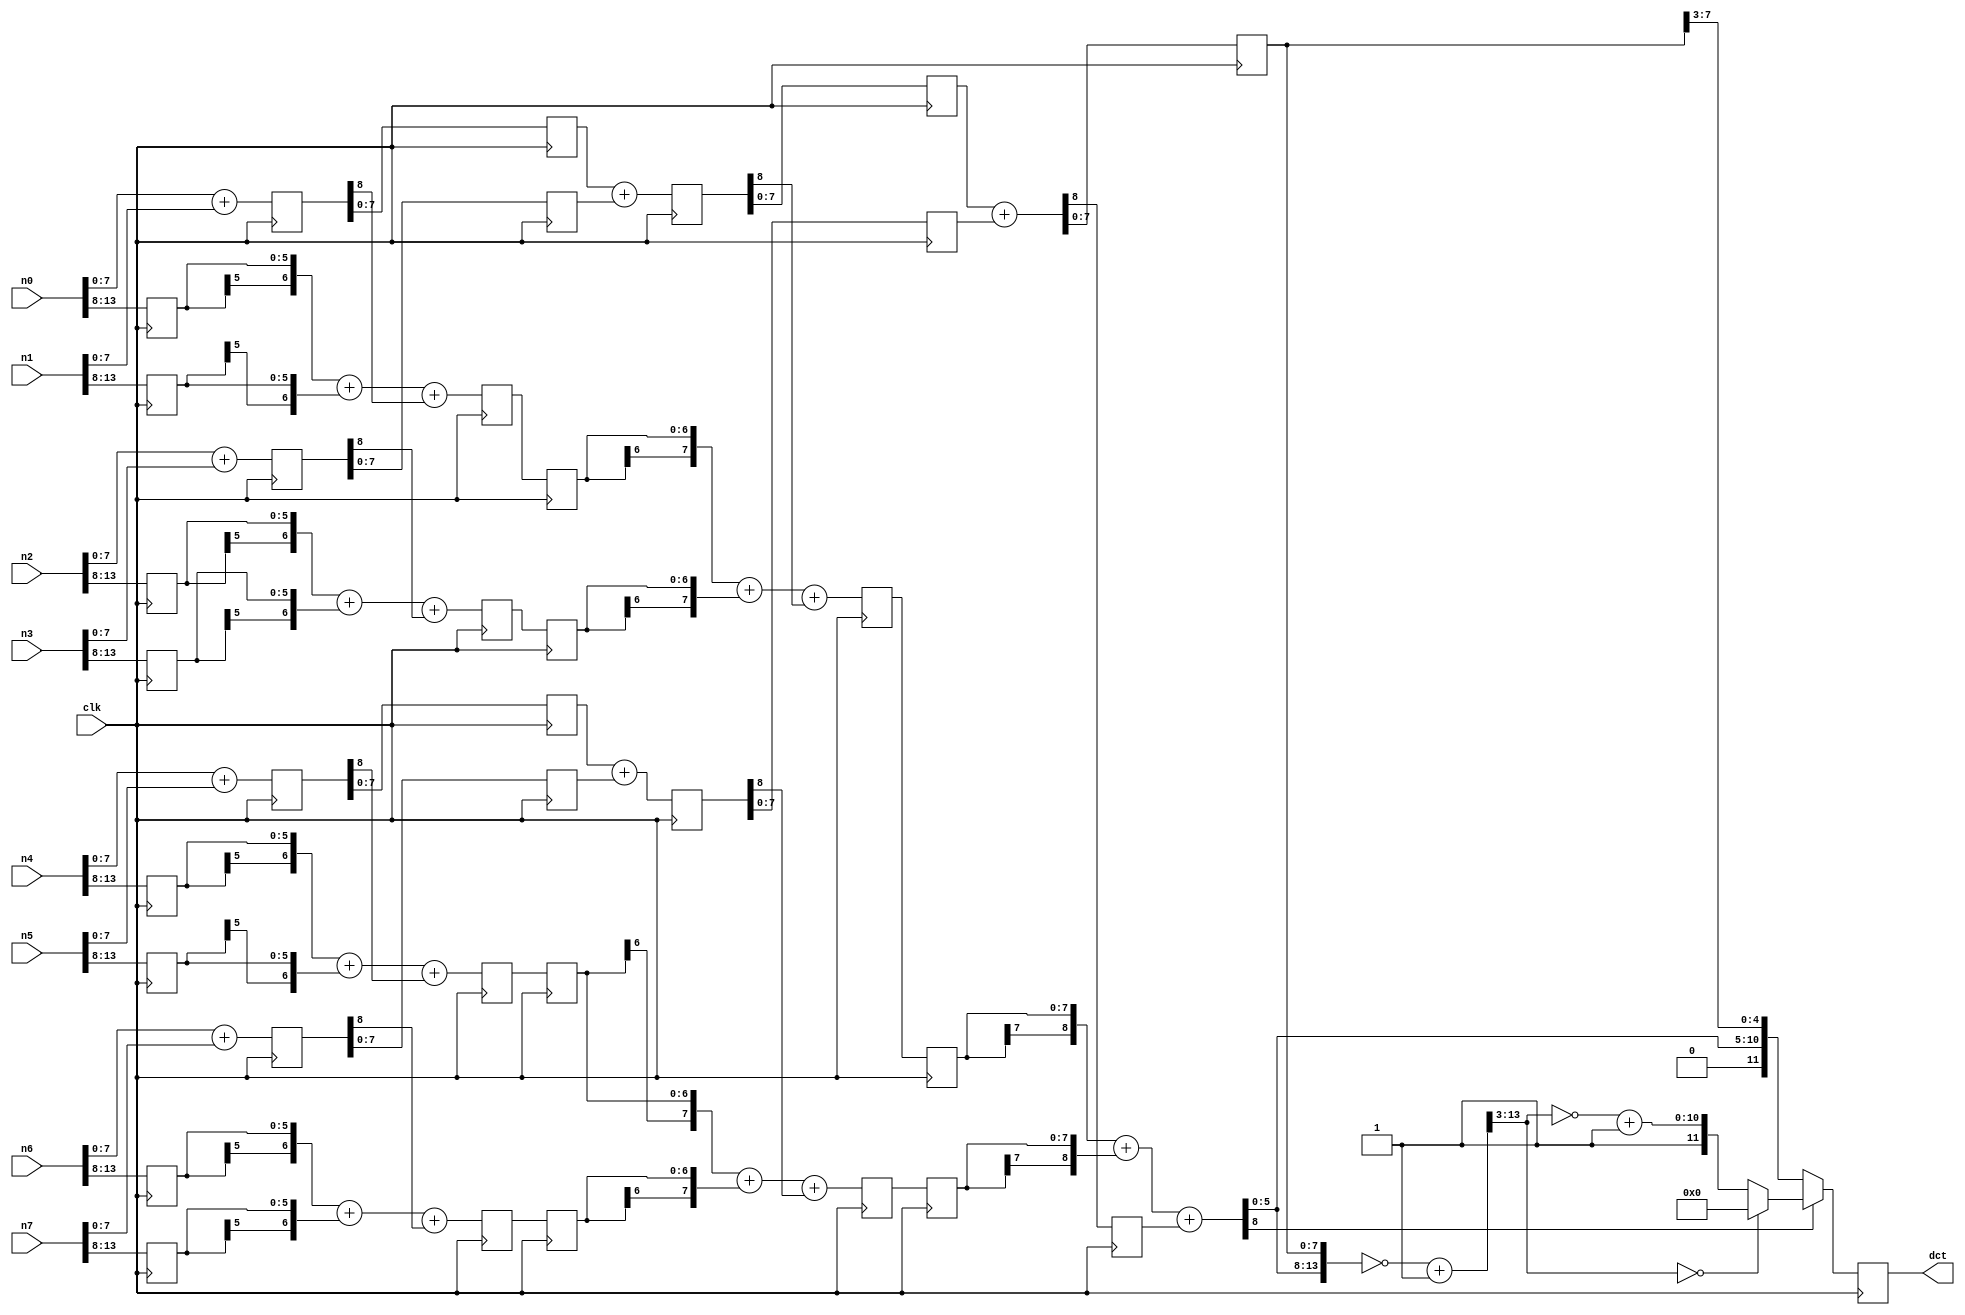
module adder14sr( 	clk,
					n0, n1, n2, n3, n4, n5, n6, n7,
					dct
					);
					
input 		    	clk ;
input 	[13:0] 	n0, n1, n2, n3, n4, n5, n6, n7;
output 	[11:0] 	dct ;

wire 	  [8:0] 	s00_lsb ;
wire 	  [8:0] 	s01_lsb ;
wire 	  [8:0] 	s02_lsb ;
wire 	  [8:0] 	s03_lsb ;

wire 	  [6:0] 	s00_msb ;
wire 	  [6:0] 	s01_msb ;
wire 	  [6:0] 	s02_msb ;
wire 	  [6:0] 	s03_msb ;
	
wire 	  [8:0] 	s10_lsb ;
wire    [8:0] 	s11_lsb ;

wire 	  [7:0] 	s10_msb ;
wire 	  [7:0] 	s11_msb ;

wire 	  [8:0]	  s20_lsb ;

wire 	  [16:0] 	sums ;
wire 	  [13:0] 	sums_next ;
wire 	  [10:0] 	sums_nextn ;


reg 	  [13:8] 	n0_reg1 ;
reg 	  [13:8] 	n1_reg1 ;
reg 	  [13:8] 	n2_reg1 ;
reg 	  [13:8] 	n3_reg1 ;
reg 	  [13:8] 	n4_reg1 ;
reg 	  [13:8] 	n5_reg1 ;
reg 	  [13:8] 	n6_reg1 ;
reg 	  [13:8] 	n7_reg1 ;

reg 	  [8:0] 	s00_lsbreg1 ;
reg 	  [8:0] 	s01_lsbreg1 ;
reg 	  [8:0] 	s02_lsbreg1 ;
reg 	  [8:0] 	s03_lsbreg1 ;

reg 	  [6:0] 	s00_msbreg2 ;
reg 	  [6:0] 	s01_msbreg2 ;
reg   	[6:0] 	s02_msbreg2 ;
reg 	  [6:0] 	s03_msbreg2 ;

reg 	  [7:0] 	s00_lsbreg2 ;
reg     [7:0] 	s01_lsbreg2 ;
reg   	[7:0] 	s02_lsbreg2 ;
reg 	  [7:0] 	s03_lsbreg2 ;

reg 	  [8:0] 	s10_lsbreg3 ;
reg 	  [8:0] 	s11_lsbreg3 ;

reg 	  [6:0] 	s00_msbreg3 ;
reg 	  [6:0] 	s01_msbreg3 ;
reg 	  [6:0] 	s02_msbreg3 ;
reg 	  [6:0] 	s03_msbreg3 ;

reg 	  [7:0] 	s10_lsbreg4 ;
reg   	[7:0] 	s11_lsbreg4 ;

reg 	  [7:0] 	s10_msbreg4 ;
reg 	  [7:0] 	s11_msbreg4 ;

reg 	  [7:0] 	s10_msbreg5 ;
reg 	  [7:0] 	s11_msbreg5 ;

reg 			      s20_lsbreg5cy ;
reg 	  [7:0] 	s20_lsbreg5 ;

reg 	  [11:0] 	dct;

assign s00_lsb[8:0] = n0[7:0] + n1[7:0] ;
assign s01_lsb[8:0] = n2[7:0] + n3[7:0] ;
assign s02_lsb[8:0] = n4[7:0] + n5[7:0] ;
assign s03_lsb[8:0] = n6[7:0] + n7[7:0] ;

always @ (posedge clk)

begin
	
	n0_reg1[13:8] 	<= n0[13:8] ;
	n1_reg1[13:8]	  <= n1[13:8] ;
	n2_reg1[13:8] 	<= n2[13:8] ;
	n3_reg1[13:8] 	<= n3[13:8] ;
	n4_reg1[13:8] 	<= n4[13:8] ;
	n5_reg1[13:8] 	<= n5[13:8] ;
	n6_reg1[13:8] 	<= n6[13:8] ;
	n7_reg1[13:8]	  <= n7[13:8] ;
	
	s00_lsbreg1[8:0] <= s00_lsb[8:0] ;
	s01_lsbreg1[8:0] <= s01_lsb[8:0] ;
	s02_lsbreg1[8:0] <= s02_lsb[8:0] ;
	s03_lsbreg1[8:0] <= s03_lsb[8:0] ;
	
end

assign s00_msb[6:0] = {n0_reg1[13], n0_reg1[13:8]} + {n1_reg1[13],
					  n1_reg1[13:8]} + s00_lsbreg1[8] ;
assign s01_msb[6:0] = {n2_reg1[13], n2_reg1[13:8]} + {n3_reg1[13],
					  n3_reg1[13:8]} + s01_lsbreg1[8] ;
assign s02_msb[6:0] = {n4_reg1[13], n4_reg1[13:8]} + {n5_reg1[13],
					  n5_reg1[13:8]} + s02_lsbreg1[8] ;
assign s03_msb[6:0] = {n6_reg1[13], n6_reg1[13:8]} + {n7_reg1[13],
					  n7_reg1[13:8]} + s03_lsbreg1[8] ;

always @ (posedge clk)

begin

	s00_msbreg2[6:0] <= s00_msb[6:0] ;
	s01_msbreg2[6:0] <= s01_msb[6:0] ;	
	s02_msbreg2[6:0] <= s02_msb[6:0] ;	
	s03_msbreg2[6:0] <= s03_msb[6:0] ;	

	s00_lsbreg2[7:0] <= s00_lsbreg1[7:0] ;
	s01_lsbreg2[7:0] <= s01_lsbreg1[7:0] ;
	s02_lsbreg2[7:0] <= s02_lsbreg1[7:0] ;
	s03_lsbreg2[7:0] <= s03_lsbreg1[7:0] ;

end

assign s10_lsb[8:0] = s00_lsbreg2[7:0] + s01_lsbreg2[7:0] ;
assign s11_lsb[8:0] = s02_lsbreg2[7:0] + s03_lsbreg2[7:0] ;

always @ (posedge clk)

begin

	s10_lsbreg3[8:0] <= s10_lsb[8:0] ;
	s11_lsbreg3[8:0] <= s11_lsb[8:0] ;
	
	s00_msbreg3[6:0] <= s00_msbreg2[6:0] ;
	s01_msbreg3[6:0] <= s01_msbreg2[6:0] ;	
	s02_msbreg3[6:0] <= s02_msbreg2[6:0] ;
	s03_msbreg3[6:0] <= s03_msbreg2[6:0] ;
	
end

assign s10_msb[7:0] = {s00_msbreg3[6], s00_msbreg3[6:0]} + 
	   {s01_msbreg3[6], s01_msbreg3[6:0]} + s10_lsbreg3[8] ;
assign s11_msb[7:0] = {s02_msbreg3[6], s02_msbreg3[6:0]} + 
	   {s03_msbreg3[6], s03_msbreg3[6:0]} + s11_lsbreg3[8] ;
	   
always @ (posedge clk)

begin

	s10_lsbreg4[7:0] <= s10_lsbreg3[7:0] ;
	s11_lsbreg4[7:0] <= s11_lsbreg3[7:0] ;
	
	s10_msbreg4[7:0] <= s10_msb[7:0] ;
	s11_msbreg4[7:0] <= s11_msb[7:0] ;
	
end

assign s20_lsb[8:0] = s10_lsbreg4[7:0]+s11_lsbreg4[7:0] ;

always @ (posedge clk)

begin
	
	s10_msbreg5		[7:0] 	<= s10_msbreg4	[7:0] ;
	s11_msbreg5		[7:0] 	<= s11_msbreg4	[7:0] ;
	s20_lsbreg5cy 			  <= s20_lsb		  [8];
	s20_lsbreg5		[7:0] 	<= s20_lsb		  [7:0] ;
	
end

assign sums[16:0] = {({s10_msbreg5[7], s10_msbreg5[7:0]}+
					{s11_msbreg5[7], s11_msbreg5[7:0]}+
					s20_lsbreg5cy), s20_lsbreg5[7:0]} ;
assign sums_next[13:0] = ~sums[13:0]+1 ;
assign sums_nextn[10:0] = ~sums_next[13:3]+1 ;

always @ (posedge clk)

begin

	if (sums[16] == 1'b0)
		dct[11:0] <= {1'b0, sums[13:3]} ;
	else
	
		begin
			
			if (sums_next[13:3] == 11'd0)
				dct[11:0] <= 12'd0 ;
			else
				dct[11:0] <= {1'b1, sums_nextn[10:0]} ;
		end
end

endmodule